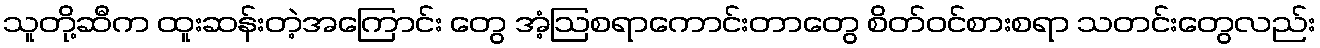
သူတို့ဆီက ထူးဆန်းတဲ့အကြောင်း တွေ အံ့ဩစရာကောင်းတာတွေ စိတ်ဝင်စားစရာ သတင်းတွေလည်း